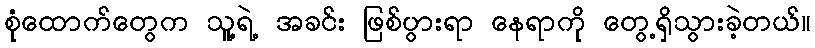
စုံထောက်တွေက သူ့ရဲ့ အခင်း ဖြစ်ပွားရာ နေရာကို တွေ့ရှိသွားခဲ့တယ်။